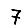
Digit: 7